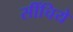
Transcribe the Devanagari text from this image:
सींचिये